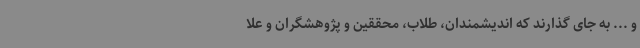
و ... به جای گذارند که اندیشمندان، طلاب، محققین و پژوهشگران و علا